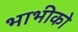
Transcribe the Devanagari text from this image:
भाभीको